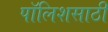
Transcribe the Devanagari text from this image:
पॉलिशसाठी